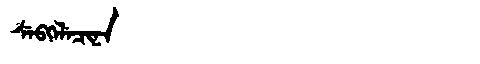
Manchu: ᠰᡝᠪᡴᡝᠯᡝᠴᡳᠨᠠ
Romanization: SEBKELECINA